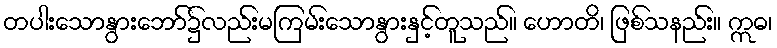
တပါးသောနွားဘော်၌လည်းမကြမ်းသောနွားနှင့်တူသည်။ ဟောတိ၊ ဖြစ်သနည်း။ ဣဓ၊